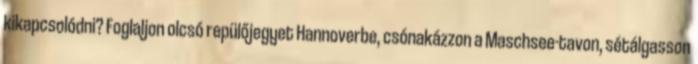
kikapcsolódni? Foglaljon olcsó repülőjegyet Hannoverbe, csónakázzon a Maschsee-tavon, sétálgasson